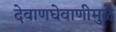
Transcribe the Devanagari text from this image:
देवाणघेवाणीमुळे